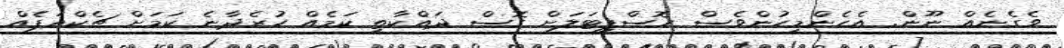
ވެގެނެއް ނޫން. އެހެންމީހުންވެސް ހޮސްޕިޓަލަށް ގޮސް ދައްކާތީ ކަމެއް ހުރެދާނެ ކަމަށް ޗެކްއަޕެއް